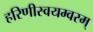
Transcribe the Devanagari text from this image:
हरिणीस्वयम्वरम्